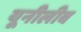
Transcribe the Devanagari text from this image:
यूनीलीव